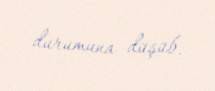
durumuna düşüb.